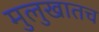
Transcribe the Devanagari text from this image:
मुलुखातच